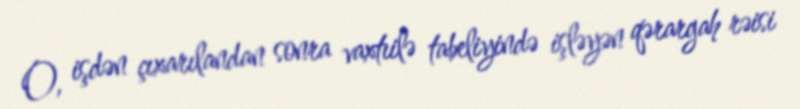
O, işdən çıxarılandan sonra vaxtıilə tabeliyində işləyən qərargah rəisi